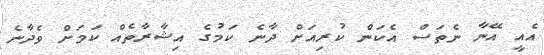
އެއީ އޭނާ ނެތަސް އެކަން ކުރިއަށް ދާނެ ކަމުގެ އިޝާރާތެއް ކަމަށް ވެދާނެ